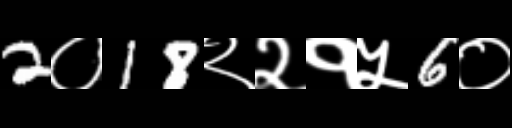
Text: 2०18२२१५6०